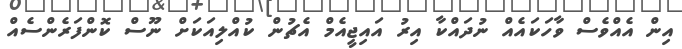
އިން އެއްވެސް ވާހަކައެއް ނުދައްކާ އިރު އައިޖީއެމް އެޗުން ކުއްލިއަކަށް ނޫސް ކޮންފަރެންސެއް